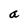
Character: a